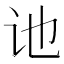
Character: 𫍙